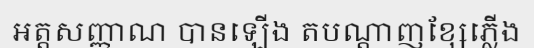
អត្តសញ្ញាណ បានឡើង តបណ្តាញខ្សែភ្លើង